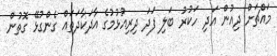
މައްޗަށް ދިއުން އަދި ހަކުރު ބަލި ފަދަ ދިރިއުޅުމުގެ އާދަކާދަތައް ގެންގުޅޭ ގޮތުން